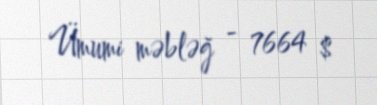
Ümumi məbləğ - 7664 $